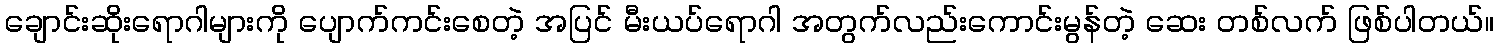
ချောင်းဆိုးရောဂါများကို ပျောက်ကင်းစေတဲ့ အပြင် မီးယပ်ရောဂါ အတွက်လည်းကောင်းမွန်တဲ့ ဆေး တစ်လက် ဖြစ်ပါတယ်။